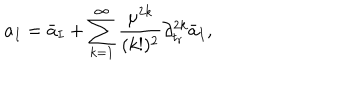
a _ { I } = \bar { a } _ { I } + \sum _ { k = 1 } ^ { \infty } { \frac { \mu ^ { 2 k } } { ( k ! ) ^ { 2 } } } \partial _ { t _ { r } } ^ { 2 k } \bar { a } _ { I } ,